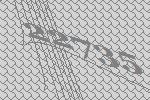
22735